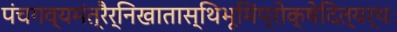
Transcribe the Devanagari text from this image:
पंचगव्यमंत्रैर्निखातास्थिभूमिंप्रोक्षेदित्यर्थः